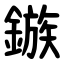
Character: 鏃